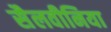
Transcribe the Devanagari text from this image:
सैलवीनिया